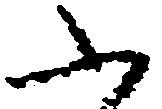
ふ